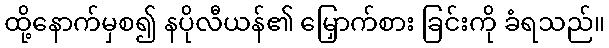
ထို့နောက်မှစ၍ နပိုလီယန်၏ မြှောက်စား ခြင်းကို ခံရသည်။